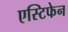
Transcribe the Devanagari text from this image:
एस्टिफेन